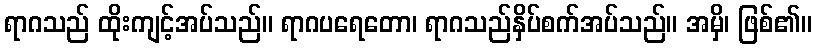
ရာဂသည် ထိုးကျင့်အပ်သည်။ ရာဂပရေတော၊ ရာဂသည်နှိပ်စက်အပ်သည်။ အမှိ၊ ဖြစ်၏။